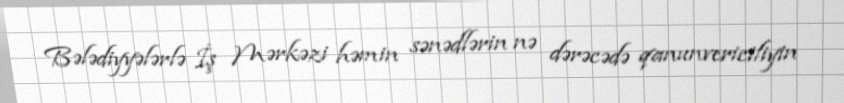
Bələdiyyələrlə İş Mərkəzi həmin sənədlərin nə dərəcədə qanunvericiliyin